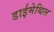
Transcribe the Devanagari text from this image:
डाईमेथिल